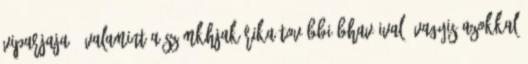
viparjaja , valamint a számkhjakárika további bhaváival, vagyis azokkal